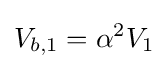
{\begin{aligned}V_{b,1}=\alpha ^{2}V_{1}\end{aligned}}